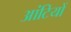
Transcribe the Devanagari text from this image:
आंटियों